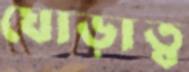
ঘোড়াত্ব